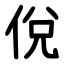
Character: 侻